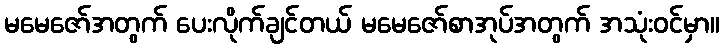
မမေဇော်အတွက် ပေးလိုက်ချင်တယ် မမေဇော်စာအုပ်အတွက် အသုံးဝင်မှာ။